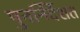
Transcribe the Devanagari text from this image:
पुनर्निर्देशत